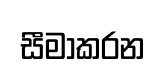
සීමාකරන